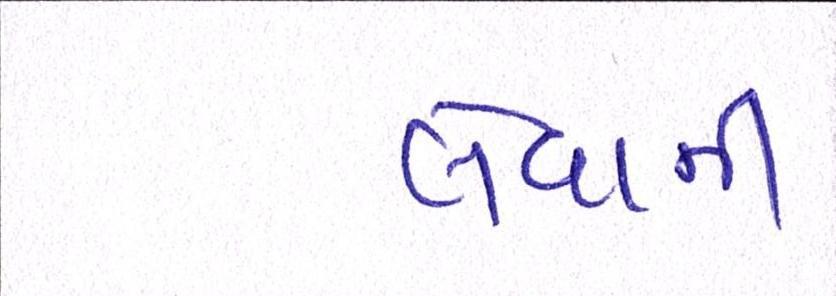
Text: લેવાની